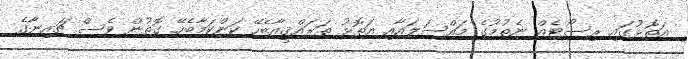
އަތޮޅުގައި ރިސޯޓެއް ނެތުމުގެ މައްސަލައާއި އަތޮޅު ތަރައްޤީއާބެހޭ ކަންކަމާބެހޭ ގޮތުން ވެސް ޗައިނާގެ